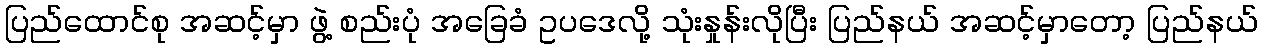
ပြည်ထောင်စု အဆင့်မှာ ဖွဲ့ စည်းပုံ အခြေခံ ဥပဒေလို့ သုံးနှုန်းလိုပြီး ပြည်နယ် အဆင့်မှာတော့ ပြည်နယ်